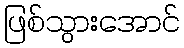
ဖြစ်သွားအောင်